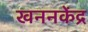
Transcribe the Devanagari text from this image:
खननकेंद्र